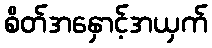
စိတ်အနှောင့်အယှက်